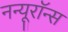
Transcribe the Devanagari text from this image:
नन्यूरॉन्स